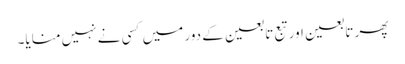
پھر تابعین اور تبع تابعین کے دور میں کسی نے نہیں منایا۔